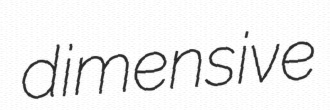
dimensive